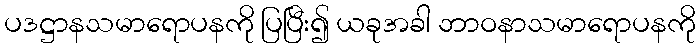
ပဒဋ္ဌာနသမာရောပနကို ပြပြီး၍ ယခုအခါ ဘာဝနာသမာရောပနကို